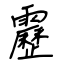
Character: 靂